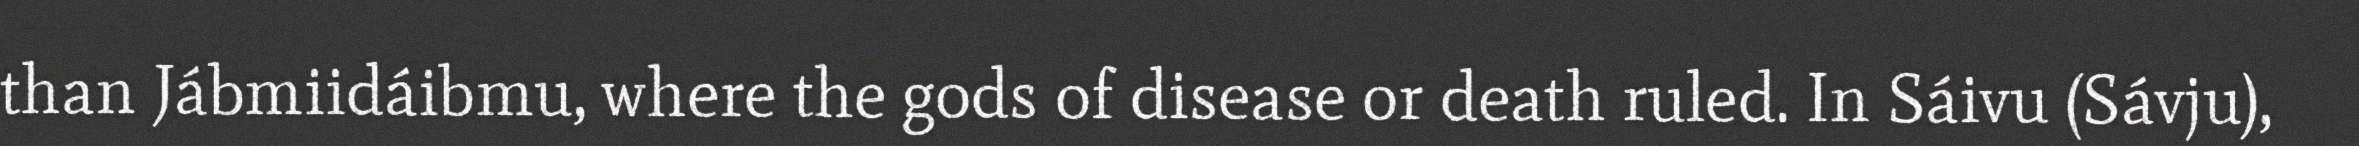
than Jábmiidáibmu, where the gods of disease or death ruled. In Sáivu (Sávju),